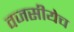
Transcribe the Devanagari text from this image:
वजसीयेच